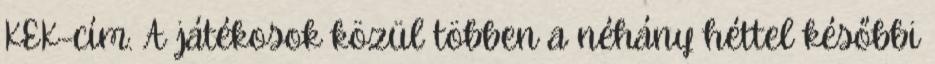
KEK-cím. A játékosok közül többen a néhány héttel későbbi